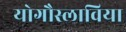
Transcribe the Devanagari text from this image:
योगौस्लाविया